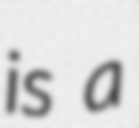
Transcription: is a